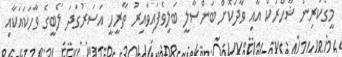
މީގެކުރިން ޝާހްރުކް އާއި ވާދަކޮށް ބަންސާލީ ބަލިވެފައިވާއިރު ތާރީހީ އަސަރުގަދަ ލޯބީގެ ވާހަކައަކާއި